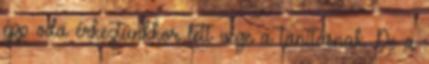
épp oda érkeztünkkor lett vége a tanításnak. De a